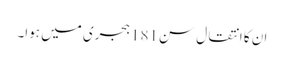
ان کا انتقال سن181 ہجری میں ہوا۔